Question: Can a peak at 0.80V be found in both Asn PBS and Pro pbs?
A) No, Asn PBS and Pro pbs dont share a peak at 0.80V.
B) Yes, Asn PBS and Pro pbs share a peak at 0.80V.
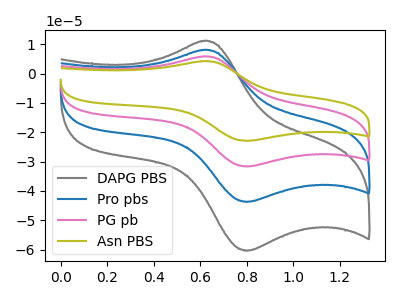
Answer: <think>The gray curve "DAPG PBS" has an anodic peak at (0.60V, 11.10uA) and a cathodic peak at (0.80V, -60.45uA). The blue curve "Pro pbs" has an anodic peak at (0.60V, 8.05uA) and a cathodic peak at (0.80V, -43.75uA). The pink curve "PG pb" has an anodic peak at (0.60V, 16.10uA) and a cathodic peak at (0.80V, -87.50uA). The olive curve "Asn PBS" has an anodic peak at (0.60V, 24.15uA) and a cathodic peak at (0.80V, -131.25uA).</think>
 <answer>B) Yes, "Asn PBS" and "Pro pbs" share a peak at 0.80V.</answer>
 <eval>B</eval>